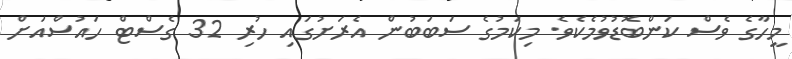
މީހާގެ ވެސް ކަންބޮޑުވުމެކެވެ. މިކަމުގެ ސަބަބުން އެރަށުގައި ހުރި 32 ގެސްޓް ހައުސްއަށް